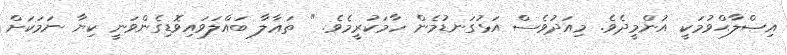
އިޞްލާޙްވުމަކީ އުންމީދެވެ. މިއަދުވެސް އަޅުގަނޑުމެން ހާމަކުރީމެވެ. " ތަޢާލާ ބައްލަވައިވޮޑިގެންވަނީ ކިޔާ ނަމަކަށް